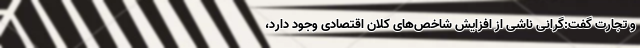
و تجارت گفت:گرانی ناشی از افزایش شاخص‌های کلان اقتصادی وجود دارد،